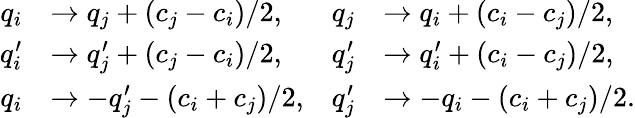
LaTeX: \begin{array}{rlrl}{q_{i}}&{\to q_{j}+(c_{j}-c_{i})/2,}&{q_{j}}&{\to q_{i}+(c_{i}-c_{j})/2,}\\ {q_{i}^{\prime}}&{\to q_{j}^{\prime}+(c_{j}-c_{i})/2,}&{q_{j}^{\prime}}&{\to q_{i}^{\prime}+(c_{i}-c_{j})/2,}\\ {q_{i}}&{\to-q_{j}^{\prime}-(c_{i}+c_{j})/2,}&{q_{j}^{\prime}}&{\to-q_{i}-(c_{i}+c_{j})/2.}\end{array}